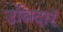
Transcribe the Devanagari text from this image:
उन्निदारं